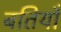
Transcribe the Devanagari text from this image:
बतियाँ